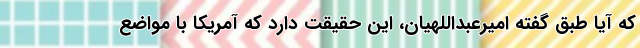
که آیا طبق گفته امیرعبداللهیان، این حقیقت دارد که آمریکا با مواضع